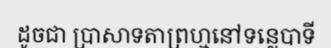
ដូចជា ប្រាសាទតាព្រហ្មនៅទន្លេបាទី